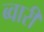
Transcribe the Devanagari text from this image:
ब्वारी